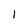
Character: l